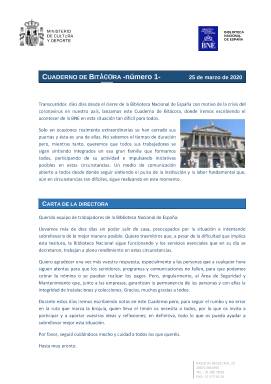
Título: Cuaderno de bitácora (Madrid)
Colección: Archivos, bibliotecas y museos
Ámbito geográfico: Madrid
Lugar de publicación: Madrid
Fechas: 25/03/2020-11/06/2020

Esta revista digital de la Biblioteca Nacional de España comenzó su andadura el 25 de marzo de 2020, diez días después de que la BNE tuviera que cerrar sus puertas a causa de la crisis del coronavirus. Su finalidad era que los trabajadores siguieran en comunicación sin que se perdiera el pulso de la institución e informar de las tareas que los diferentes departamentos y servicios seguían desarrollando en medio de circunstancias tan difíciles.

   Se editaron un total de 12 números con una periodicidad irregular aunque no solía pasar una semana entre uno y otro, salvo en las dos últimas entregas en que la diferencia de días fue mayor. El número de páginas fue incrementándose paulatinamente, desde las 4 del primer número a las 34 del penúltimo, aunque la media estuvo en 20 páginas. En todas las entregas se incluyeron ilustraciones. Fotografías, grabados, gráficos e iconos que acompañaban a la información e hicieron más amena la lectura. El último número fue el correspondiente al 11 de junio en que se anunció la reapertura al público de las instalaciones.

El nacimiento de esta publicación electrónica respondió a un hecho excepcional en la dilatada historia de la Biblioteca Nacional, un cierre forzoso que sirvió para afianzar la ruta que la institución venía marcándose desde hacía años: la apertura de su ingente documentación al mundo digital, poner la cultura española al alcance de todo el mundo.

Con una carta de la directora, Ana Santos Aramburo, se abrió el primer número de la revista. En ella informaba que los servicios esenciales de la Biblioteca seguían funcionando y agradecía especialmente la labor del Área de Seguridad y Mantenimiento que, junto a las empresas, garantizaban la integridad de las instalaciones y colecciones. Desde sus domicilios los trabajadores continuaban las tareas respectivas de cada departamento, mientras que el equipo directivo coordinaba las labores mediante videoconferencias.

   El segundo número estuvo dedicado casi íntegramente a dar cuenta de la intensa actividad en Redes Sociales de la BNE, con iniciativas como ComparteBNE, plataforma cooperativa de recursos y colecciones que obtuvo una respuesta abrumadora. Se daban también estadísticas en la primera semana de cierre del uso de la Biblioteca Digital Hispánica, la Hemeroteca Digital, la web, las Redes y la recolección de la web temática sobre el coronavirus, estadísticas que reflejaban el creciente número de usuarios de todas estas herramientas.

   El siguiente número, el más triste de los editados, estuvo dedicado a la memoria de Javier Docampo, fallecido a causa del coronavirus. Trabajador serio, inteligente y sensible, Javier Docampo estuvo en los últimos años al frente del Departamento de Manuscritos, Incunables y Raros desarrollando una labor impecable en la organización del trabajo, la atención a los investigadores y la divulgación de los fondos al público en general. La BNE recibió numerosos mensajes de afecto y respeto por su persona, tanto de parte de la propia plantilla como de muchos investigadores y usuarios de los servicios bibliotecarios.

  A medida que pasaba el tiempo las diferentes Áreas y Servicios iban adaptándose al teletrabajo, que se iba convirtiendo en un nuevo modo de afrontar la actividad laboral en la Biblioteca. Las exposiciones programadas por la Dirección Cultural tuvieron que reprogramarse. En especial, hubo de retrasarse la dedicada a Delibes con motivo del centenario de su nacimiento, mientras que se potenciaban las exposiciones virtuales.

   En cada número cada departamento y servicio daba cuenta del trabajo que iba realizando. Así, en el número 6 el Departamento de Preservación y Conservación de Fondos dio a conocer una guía de buenas prácticas en el centro de trabajo para prevenir los contagios de Covid-19 con recomendaciones respecto al aislamiento y el acceso a los fondos.

  En el número 8, editado el 8 de mayo, se informó de la decisión tomada días atrás de que la BNE permitiría el uso comercial gratuito de sus imágenes. La noticia hizo que durante la primera semana de mayo se alcanzarán las mejores cifras en varias métricas de redes sociales desde que se inició el cierre de la Biblioteca. Supuso máximos anuales en cuanto a alcance, retuits y número de ‘me gusta’ en Twitter, y fue la publicación con más alcance en Instagram.

  El siguiente número recogió la orden del Ministerio de Sanidad para la reapertura de Bibliotecas y una relación de condiciones de prestación de los servicios a los usuarios preparada por la propia BNE. Entre estas condiciones figuraban la de reducción del aforo al 30% o la de que una misma obra podría ser consultada en días sucesivos por un  mismo usuario, pero una vez devuelta definitivamente tendría que pasar una cuarentena de 14 días.

   El penúltimo número, de 1 junio, fue el más voluminoso con 34 páginas. Aparte del resumen de actividades de cada departamento y servicio, incluyó algunos de los posts publicados en el Blog de la BNE durante el tiempo transcurrido desde el cierre de las instalaciones. Entre los publicados figuró el esclarecedor artículo escrito por el jefe de sección de Archivo, Ignacio Panizo Santos, titulado ‘El cierre de la BNE en su contexto histórico y administrativo’, post que estaba dedicado a Javier Docampo.

  Cuaderno de Bitácora llegó a su último número el 11 de junio, cuando la directora de la BNE, con un tono esperanzador, anunciaba que después de 78 días la BNE volvía a abrir sus puertas para prestar un servicio presencial. Estas eran sus palabras:

  ‘Abrimos nuestras puertas, nuevamente, con ilusión y ganas de volver a reencontrarnos con nuestros lectores e investigadores, usuarios fieles que constituyen la razón de ser de los servicios presenciales que presta la BNE y que encuentran en las salas de consulta tanto los ejemplares que necesitan consultar para sus trabajos como la ayuda experta de los bibliotecarios que atienden las salas’.

  Un acto solemne con la presencia de los Reyes marcó la reapertura. Sus majestades presidieron la comisión permanente del Real Patronato de la BNE y visitaron la Sala de Lectura María Moliner. El último número de la revista incluyó una fotografía de los Reyes en esta Sala además de otras con el ministro de Cultura, miembros del Patronato y la directora de la BNE. Se incluyeron también los discursos pronunciados por la presidenta del Patronato, Soledad Puértolas, y por Ana Santos, quien entre otras cosas dijo:

   ‘Hoy, 309 años después de su fundación, de haber pasado por guerras, crisis económicas, incluso pandemias muy similares a la actual, la BNE sigue cumpliendo la misión que siempre la ha inspirado’.

  En resumen, la revista Cuaderno de Bitácora de la BNE fue el relato de una difícil travesía y el testimonio de que en la biblioteca seguimos trabajando para cumplir la misión encomendada, incluso en situaciones adversas como aquella.

[Descripción publicada el 16/8/2022]